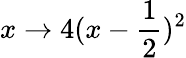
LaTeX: x\to 4(x-{\frac{1}{2}})^{2}